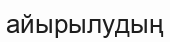
айырылудың